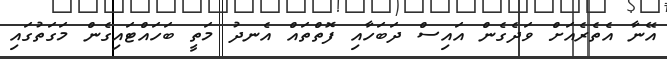
އޭނާ އެތެރެއަށް ވަދެގެން އައިސް ދަބަހާއި ފޮތްތައް އެނދު މަތީ ބަހައްޓައިގެން މަގަތުގައި